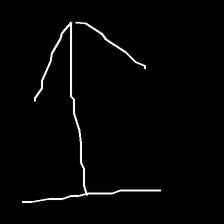
Glyph: levitation